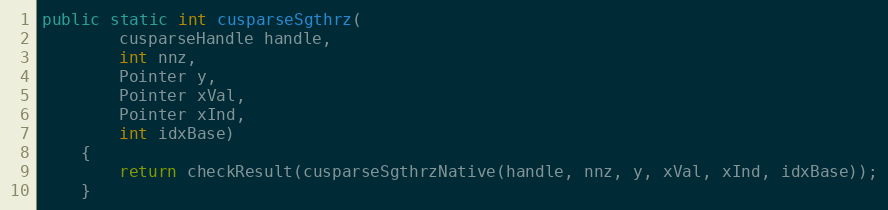
Language: Java
public static int cusparseSgthrz(
        cusparseHandle handle,
        int nnz,
        Pointer y,
        Pointer xVal,
        Pointer xInd,
        int idxBase)
    {
        return checkResult(cusparseSgthrzNative(handle, nnz, y, xVal, xInd, idxBase));
    }